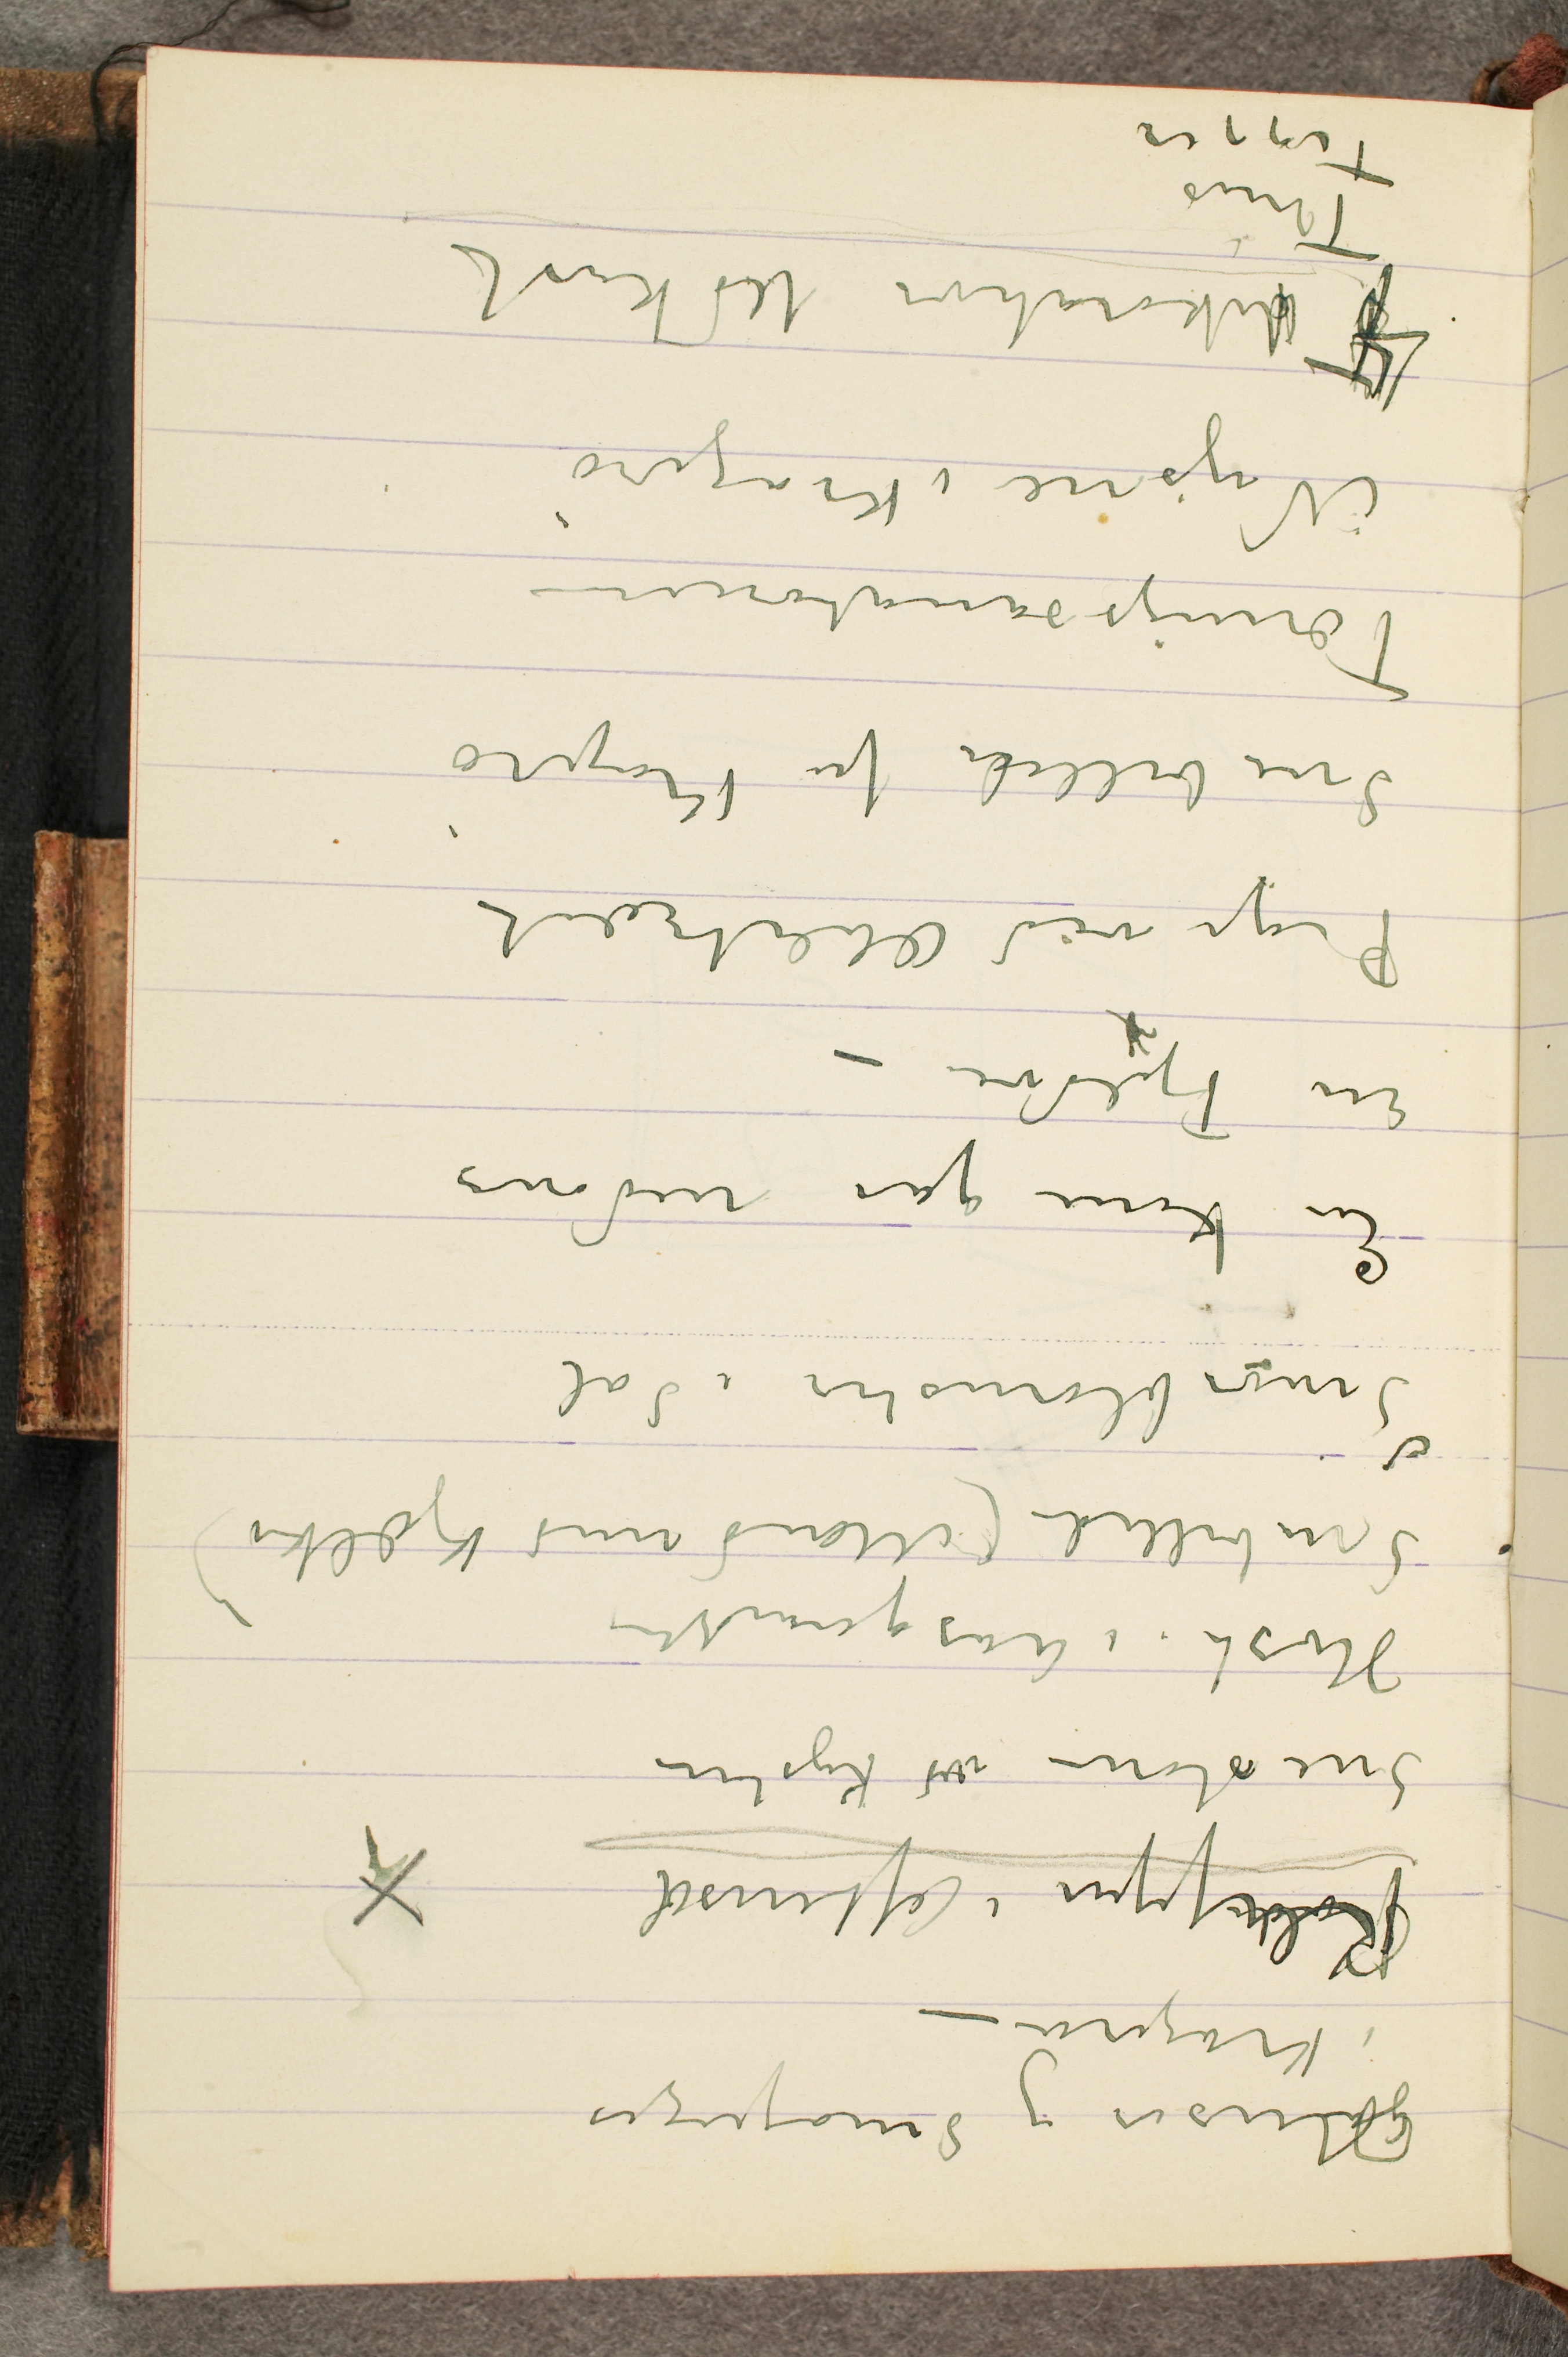
Huser og Småpiger
i Kragerø –
Klipper i Aftensol
Snestorm ved Kysten
Høst i Aasgaardstrand
Snebillede (Mand med Kjælke)
Smørblomster i Sol
En kone går nedover
En Fjeldvei –
Pige ved Æbletræet
Snebillede fra Kragerø
Tæringssanatorium
Nysne i Kragerø
4 dekorations Udkast
Thiis
Tigger